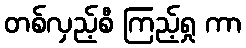
တစ်လှည့်စီ ကြည့်ရှု ကာ